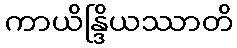
ကာယိန္ဒြိယဿာတိ